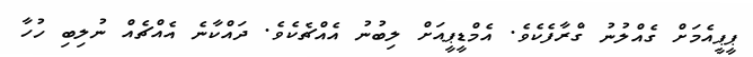
ޕީޕީއެމަށް ގެއްލުނު ގްރާފެކެވެ. އެމްޑީޕީއަށް ލިބުނު އެއްޗެކެވެ. ދައްކާނެ އެއްޗެއް ނުލިބި ހުހާ